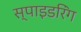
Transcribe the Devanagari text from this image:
स्पाइडरिंग